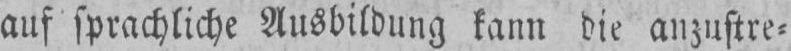
auf sprachliche Ausbildung kann die anzustre⸗